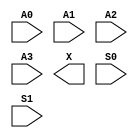
module sky130_fd_sc_hd__mux4 (
    //# {{data|Data Signals}}
    input  A0,
    input  A1,
    input  A2,
    input  A3,
    output X ,

    //# {{control|Control Signals}}
    input  S0,
    input  S1
);

    // Voltage supply signals
    supply1 VPWR;
    supply0 VGND;
    supply1 VPB ;
    supply0 VNB ;

endmodule